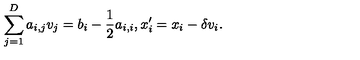
\sum _ { j = 1 } ^ { D } a _ { i , j } v _ { j } = b _ { i } - \frac { 1 } { 2 } a _ { i , i } , x _ { i } ^ { \prime } = x _ { i } - \delta v _ { i } .